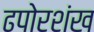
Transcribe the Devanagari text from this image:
ढपोरशंख